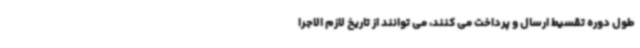
طول دوره تقسیط ارسال و پرداخت می کنند، می توانند از تاریخ لازم الاجرا